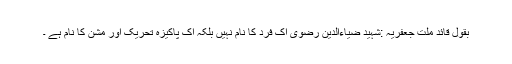
بقول قائد ملت جعفریہ :شہید ضیاءالدین رضوی اک فرد کا نام نہیں بلکہ اک پاکیزہ تحریک اور مشن کا نام ہے ۔